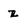
Character: Z